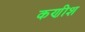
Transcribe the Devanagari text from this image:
कणीश